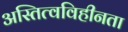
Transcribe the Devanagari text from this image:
अस्तित्वविहीनता